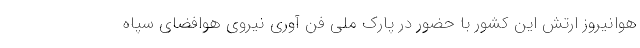
هوانیروز ارتش این کشور با حضور در پارک ملی فن آوری نیروی هوافضای سپاه